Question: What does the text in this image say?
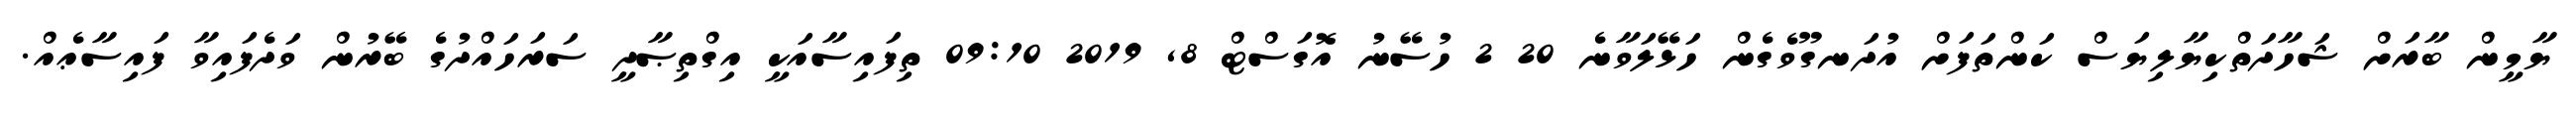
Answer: ޔާމީން ބާރަށް ޝަހާދަތްކިޔާލިޔަސް ކަންތަފަށް އުދަނގޫވެގެން ހަޅޭލަވާނެ 20 2 ހުސޭނު އޮގަސްޓް 8, 2019 09:10 ތިފައިސާއަކީ އިގްތިޞާދީ ސަރަހައްދުގެ ބޭރުން ވަދެފައިވާ ފައިސާޢެއް.